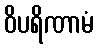
ဝိပရိဏာမံ